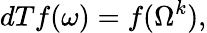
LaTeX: dTf(\omega)=f(\Omega^{k}),